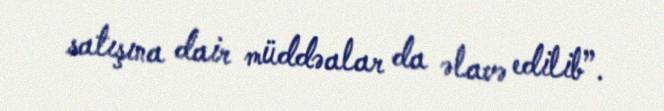
satışına dair müddəalar da əlavə edilib”.